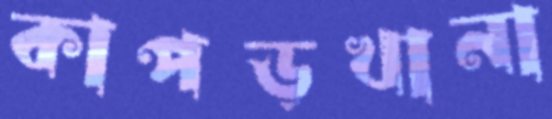
কাপড়খানা